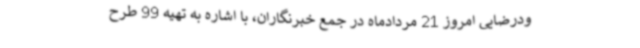
ودرضایی امروز 21 مردادماه در جمع خبرنگاران، با اشاره به تهیه 99 طرح